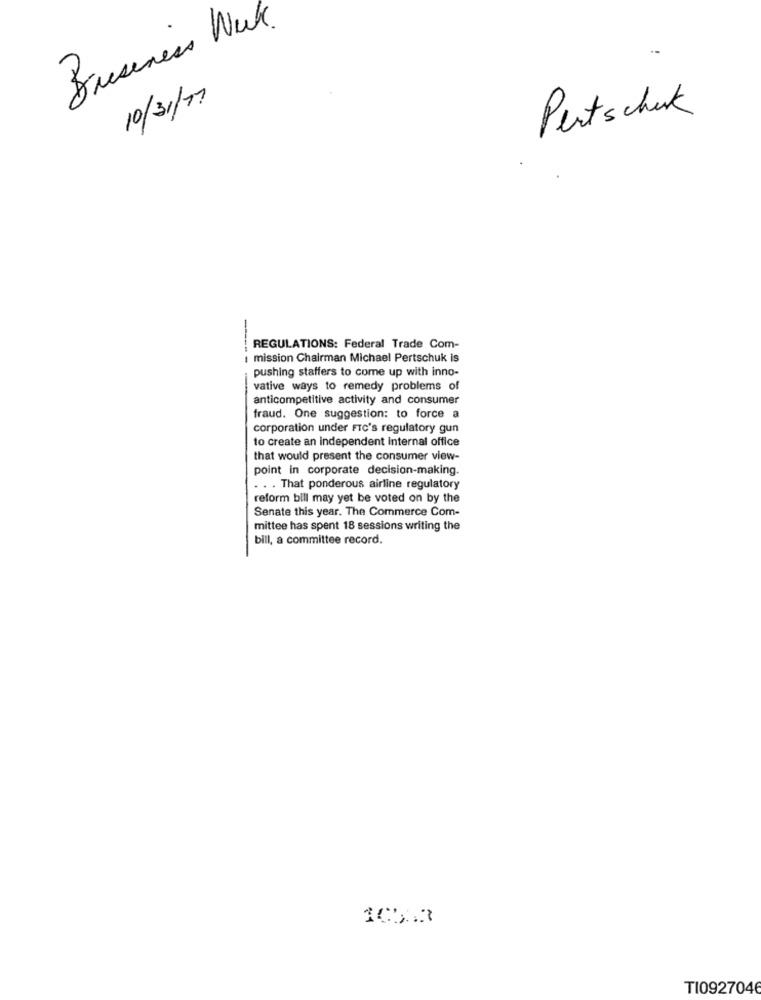
Business Wek.
10/31/17
Pertschuk
REGULATIONS: Federal Trade Com-
mission Chairman Michael Pertschuk is
pushing staffers to come up with inno-
vative ways to remedy problems of
anticompetitive activity and consumer
fraud. One suggestion: to force a
corporation under FIC's regulatory gun
to create an independent internal office
that would present the consumer view-
point in corporate decision-making.
. . . That ponderous airline regulatory
reform bill may yet be voted on by the
Senate this year. The Commerce Com-
mittee has spent 18 sessions writing the
bill, a committee record.
10313
TI0927046